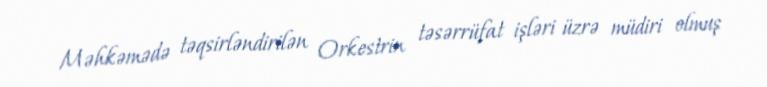
Məhkəmədə təqsirləndirilən Orkestrin təsərrüfat işləri üzrə müdiri olmuş